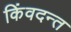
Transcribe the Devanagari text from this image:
किंवदन्त